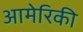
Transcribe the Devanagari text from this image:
आमेरिकी